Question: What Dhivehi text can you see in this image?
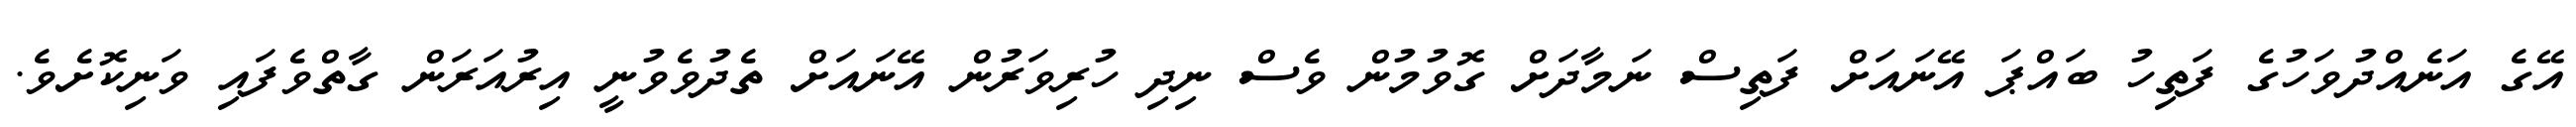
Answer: އޭގެ އަނެއްދުވަހުގެ ފަތިހު ބައްޕަ އޭނައަށް ފަތިސް ނަމާދަށް ގޮވުމުން ވެސް ނިދި ހުރިވަރުން އޭނައަށް ތެދުވެވުނީ އިރުއަރަން ގާތްވެފައި ވަނިކޮށެވެ.